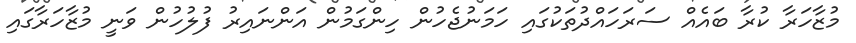
މުޒާހަރާ ކުރާ ބައެއް ސަރަހައްދުތަކުގައި ހަމަނުޖެހުން ހިންގަމުން އަންނައިރު ފުލުހުން ވަނީ މުޒާހަރާގައި